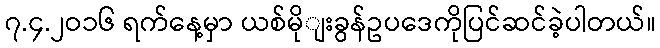
၇.၄.၂ဝ၁၆ ရက်နေ့မှာ ယစ်မိုျးခွန်ဥပဒေကိုပြင်ဆင်ခဲ့ပါတယ်။